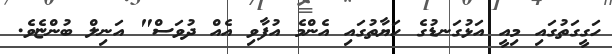
ހަގީގަތުގައި މިއީ އަޅުގަނޑުގެ ހަޔާތުގައި އެންމެ އުފާވި އެއް ދުވަސް" އަނިލް ބުންޏެވެ.